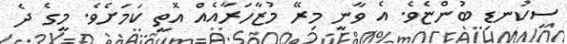
ސިކުނޑި ބުންޏެވެ. އެ ވާނީ މިރޭ މުޒާހަރާއެއް އޮތީ ކަމަށެވެ. މީގެ ދެ